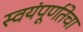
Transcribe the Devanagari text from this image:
स्वयंपूर्णतेचा